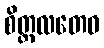
စိတ္တလတေဝ